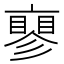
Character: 𬽝